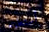
أستطيع